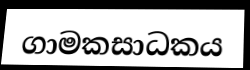
ගාමකසාධකය